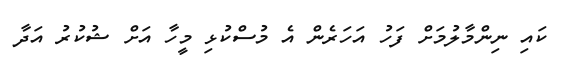
ކައި ނިންމާލުމަށް ފަހު އަހަރެން އެ މުސްކުޅި މީހާ އަށް ޝުކުރު އަދާ